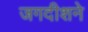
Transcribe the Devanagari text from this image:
जगदीशने